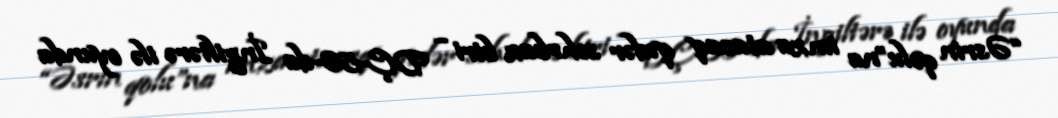
“Əsrin qolu”na imza atacaq qədər sehrbaz biri – DÇ-86-da İngiltərə ilə oyunda